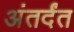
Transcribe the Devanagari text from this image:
अंतर्दंत